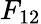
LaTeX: F_{12}